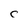
Character: c